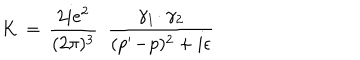
K \, = \, { \frac { 2 i e ^ { 2 } } { ( 2 \pi ) ^ { 3 } } } \, \, \, { \frac { \gamma _ { 1 } \! \cdot \gamma _ { 2 } } { ( p ^ { \prime } \! - \! p ) ^ { 2 } + i \epsilon } }